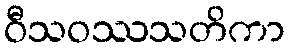
ဝီသဝဿသတိကာ